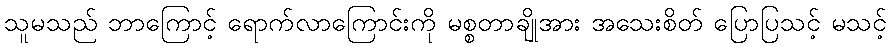
သူမသည် ဘာကြောင့် ရောက်လာကြောင်းကို မစ္စတာချိုအား အသေးစိတ် ပြောပြသင့် မသင့်